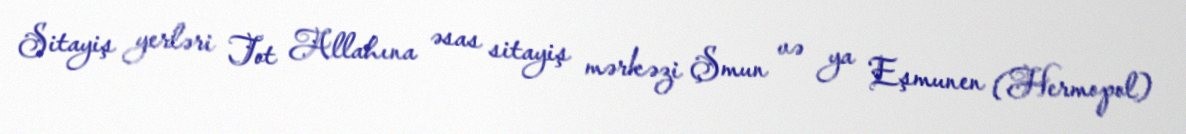
Sitayiş yerləri Tot Allahına əsas sitayiş mərkəzi Şmun və ya Eşmunen (Hermopol)